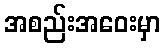
အစည်းအဝေးမှာ